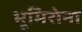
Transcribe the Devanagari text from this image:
भूमिसेना